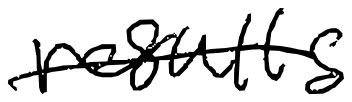
Text: results
Cross-out: single-line
Writing tool: digital_black